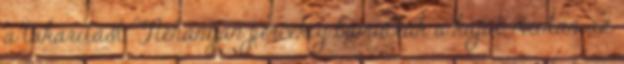
a takarítást. Néhányan percekig bámulták a kaját, miután az